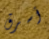
أسرق